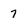
Character: 7